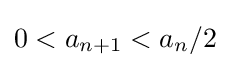
0<a_{n+1}<a_{n}/2